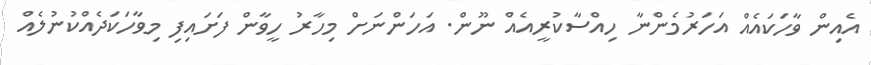
އެއިން ވާހަކައެއް އަހަރުމެންނާ ހިއްސާކުރީއެއް ނޫން. އަހަންނަށް މިހާރު ހީވާން ފަށައިފި މިވާހަކަދެއްކުނުލެއް